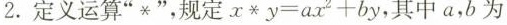
2.定义运算”*”，规定$$x * y = a x _ { 2 } + b y$$，其中a，b为